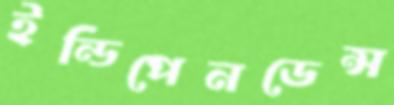
ইন্ডিপেনডেন্স